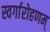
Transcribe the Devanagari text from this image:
स्वर्गारोहणम्